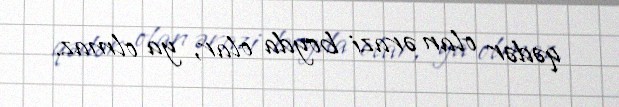
qədər olan ərazi boyda olar, ya olmaz.